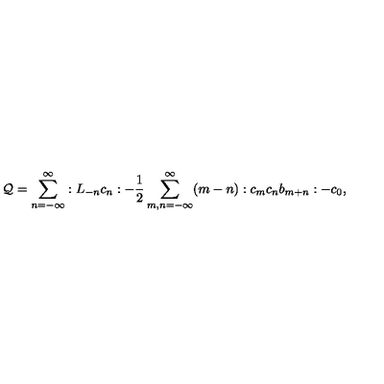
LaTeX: { \cal Q } = \sum _ { n = - \infty } ^ { \infty } : L _ { - n } c _ { n } : - \frac { 1 } { 2 } \sum _ { m , n = - \infty } ^ { \infty } ( m - n ) : c _ { m } c _ { n } b _ { m + n } : - c _ { 0 } ,